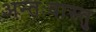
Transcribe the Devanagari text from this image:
अन्तःवास्तु